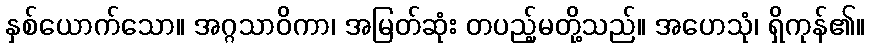
နှစ်ယောက်သော။ အဂ္ဂသာဝိကာ၊ အမြတ်ဆုံး တပည့်မတို့သည်။ အဟေသုံ၊ ရှိကုန်၏။